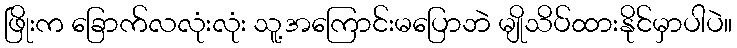
ဖြိုးက ခြောက်လလုံးလုံး သူ့အကြောင်းမပြောဘဲ မျိုသိပ်ထားနိုင်မှာပါပဲ။